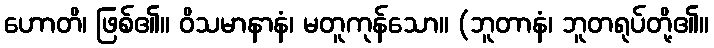
ဟောတိ၊ ဖြစ်၏။ ဝိသမာနာနံ၊ မတူကုန်သော။ (ဘူတာနံ၊ ဘူတရုပ်တို့၏။